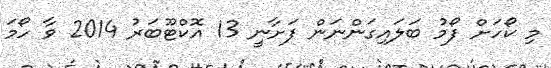
މި ކޯހަށް ފޯމު ބަލައިގަންނަން ފަށާނީ 13 އޮކްޓޫބަރު 2014 ވާ ހޯމަ